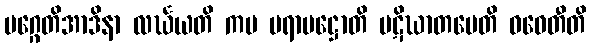
မဂ္ဂေတိအာဒိနာ လင်္ဃယတိ ကမ ပရာမဋ္ဌောတိ ပဋိဃာတမေတိ ဝဓေတီတိ